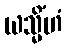
ယသ္မိံဟံ